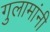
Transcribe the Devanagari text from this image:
गुलामांनी